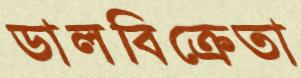
ডালবিক্রেতা